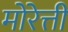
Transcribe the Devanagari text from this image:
मोरेत्ती